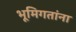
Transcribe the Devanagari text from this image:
भूमिगतांना